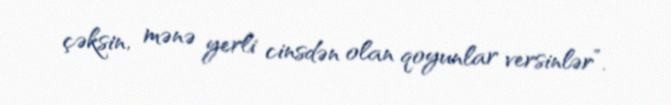
çəksin, mənə yerli cinsdən olan qoyunlar versinlər”.